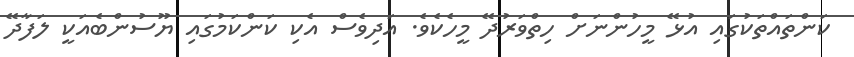
ކަންތައްތަކުގައި އުޅޭ މީހުންނަށް ހިތްވަރުދޭ މީހެކެވެ. އަދިވެސް އެކި ކަންކަމުގައި ޔޫސުންބެއަކީ ލަފާދޭ